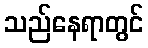
သည်နေရာတွင်